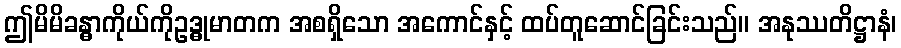
ဤမိမိခန္ဓာကိုယ်ကိုဥဒ္ဓုမာတက အစရှိသော အကောင်နှင့် ထပ်တူဆောင်ခြင်းသည်။ အနုဿတိဋ္ဌာနံ၊